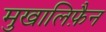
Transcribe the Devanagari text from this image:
मुखालिफ़ैन